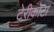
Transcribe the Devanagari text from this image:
टेरीकोटा